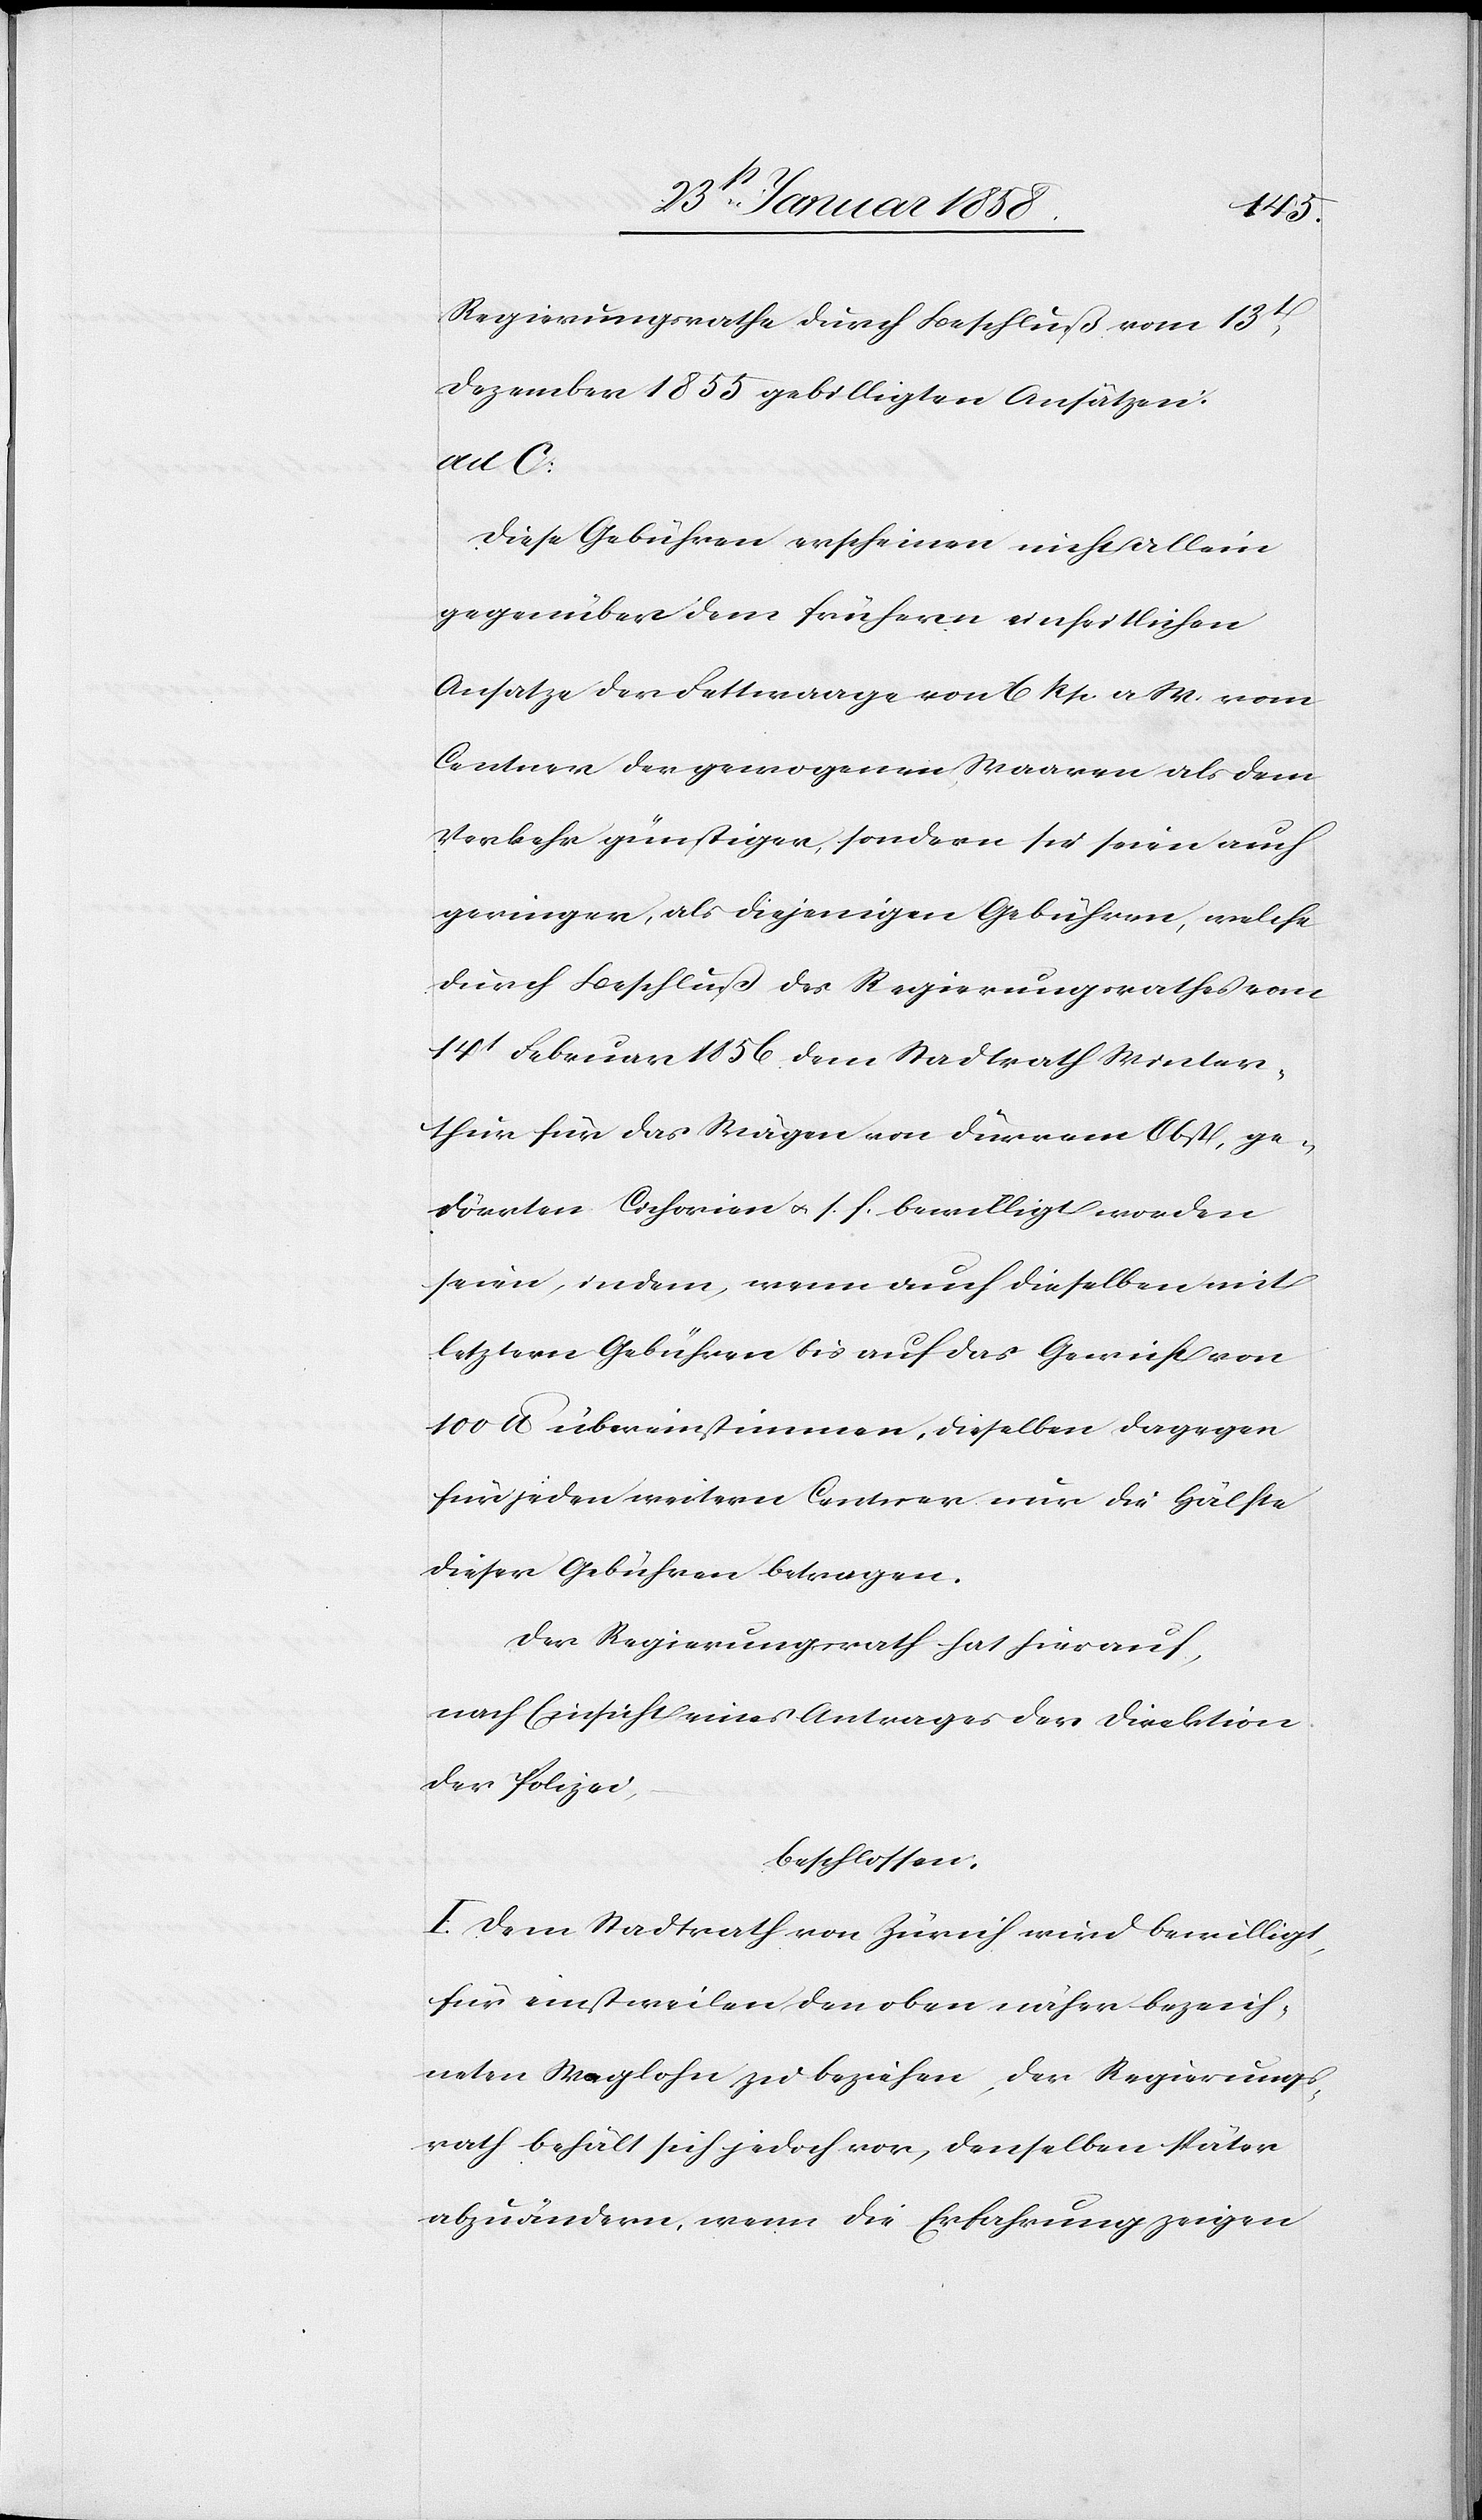
Regierungsrathe durch Beschluß vom 13t
Dezember 1855 gebilligten Ansätzen:
ad C:
Diese Gebühren erscheinen nicht allein
gegenüber dem frühern einheitlichen
Ansatze der Fettwaage von 6 Rp. a. W. vom
Centner der gewogenen Waaren als dem
Verkehr günstiger, sondern sie seien auch
geringer, als diejenigen Gebühren, welche
durch Beschluß des Regierungsrathes vom
14t Februar 1856 dem Stadtrath Winter¬
thur für das Wägen von dürrem Obst, ge¬
dörrten Cichorien u. s. f. bewilligt worden
seien, indem, wenn auch dieselben mit
letztern Gebühren bis auf das Gewicht von
100 lb übereinstimmen, dieselben dagegen
für jeden weitern Centner nur die Hälfte
dieser Gebühren betragen.
Der Regierungsrath hat hierauf,
nach Einsicht eines Antrages der Direktion
der Polizei,
beschlossen:
I. Dem Stadtrath Zürich wird bewilligt,
für einstweilen den oben näher bezeich¬
neten Weglohn zu beziehen, der Regierungs¬
rath behält sich jedoch vor, denselben später
abzuändern, wenn die Erfahrung zeigen